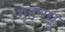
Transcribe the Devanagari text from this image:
गृहबधू